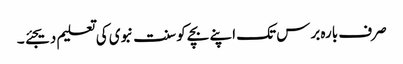
صرف بارہ برس تک اپنے بچے کو سنت نبوی کی تعلیم دیجئے ۔